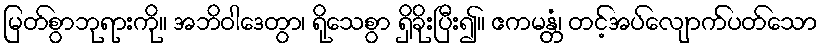
မြတ်စွာဘုရားကို။ အဘိဝါဒေတွာ၊ ရိုသေစွာ ရှိခိုးပြီး၍။ ဧကမန္တံ၊ တင့်အပ်လျောက်ပတ်သော